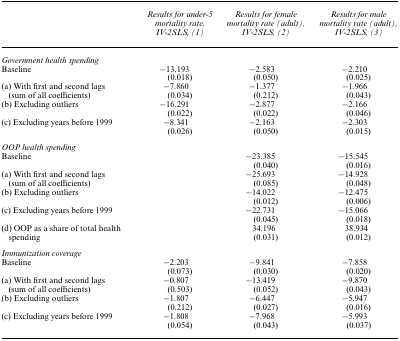
<table><thead><tr><td></td><td><b>Results for under-5 mortality rate, IV-2SLS, (1)</b></td><td><b>Results for female mortality rate (adult), IV-2SLS, (2)</b></td><td><b>Results for male mortality rate (adult), IV-2SLS, (3)</b></td></tr></thead><tbody><tr><td><i>Government health spending</i></td><td></td><td></td><td></td></tr><tr><td rowspan="2">Baseline</td><td>−13.193</td><td>−2.583</td><td>−2.210</td></tr><tr><td>(0.018)</td><td>(0.050)</td><td>(0.025)</td></tr><tr><td rowspan="2">(a) With first and second lags (sum of all coefficients)</td><td>−7.860</td><td>−1.377</td><td>−1.966</td></tr><tr><td>(0.034)</td><td>(0.212)</td><td>(0.043)</td></tr><tr><td rowspan="2">(b) Excluding outliers</td><td>−16.291</td><td>−2.877</td><td>−2.166</td></tr><tr><td>(0.022)</td><td>(0.022)</td><td>(0.046)</td></tr><tr><td rowspan="2">(c) Excluding years before 1999</td><td>−8.341</td><td>−2.163</td><td>−2.303</td></tr><tr><td>(0.026)</td><td>(0.050)</td><td>(0.015)</td></tr><tr><td><i>OOP health spending</i></td><td></td><td></td><td></td></tr><tr><td rowspan="2">Baseline</td><td></td><td>−23.385</td><td>−15.545</td></tr><tr><td></td><td>(0.040)</td><td>(0.016)</td></tr><tr><td rowspan="2">(a) With first and second lags (sum of all coefficients)</td><td></td><td>−25.693</td><td>−14.928</td></tr><tr><td></td><td>(0.085)</td><td>(0.048)</td></tr><tr><td rowspan="2">(b) Excluding outliers</td><td></td><td>−14.022</td><td>−12.475</td></tr><tr><td></td><td>(0.012)</td><td>(0.006)</td></tr><tr><td rowspan="2">(c) Excluding years before 1999</td><td></td><td>−22.731</td><td>−15.066</td></tr><tr><td></td><td>(0.045)</td><td>(0.018)</td></tr><tr><td rowspan="2">(d) OOP as a share of total health spending</td><td></td><td>34.196</td><td>38.934</td></tr><tr><td></td><td>(0.031)</td><td>(0.012)</td></tr><tr><td><i>Immunization coverage</i></td><td></td><td></td><td></td></tr><tr><td rowspan="2">Baseline</td><td>−2.203</td><td>−9.841</td><td>−7.858</td></tr><tr><td>(0.073)</td><td>(0.030)</td><td>(0.020)</td></tr><tr><td rowspan="2">(a) With first and second lags (sum of all coefficients)</td><td>−0.807</td><td>−13.419</td><td>−9.870</td></tr><tr><td>(0.503)</td><td>(0.052)</td><td>(0.043)</td></tr><tr><td rowspan="2">(b) Excluding outliers</td><td>−1.807</td><td>−6.447</td><td>−5.947</td></tr><tr><td>(0.212)</td><td>(0.027)</td><td>(0.016)</td></tr><tr><td rowspan="2">(c) Excluding years before 1999</td><td>−1.808</td><td>−7.968</td><td>−5.993</td></tr><tr><td>(0.054)</td><td>(0.043)</td><td>(0.037)</td></tr></tbody></table>